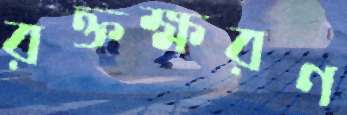
রক্তক্ষরণ